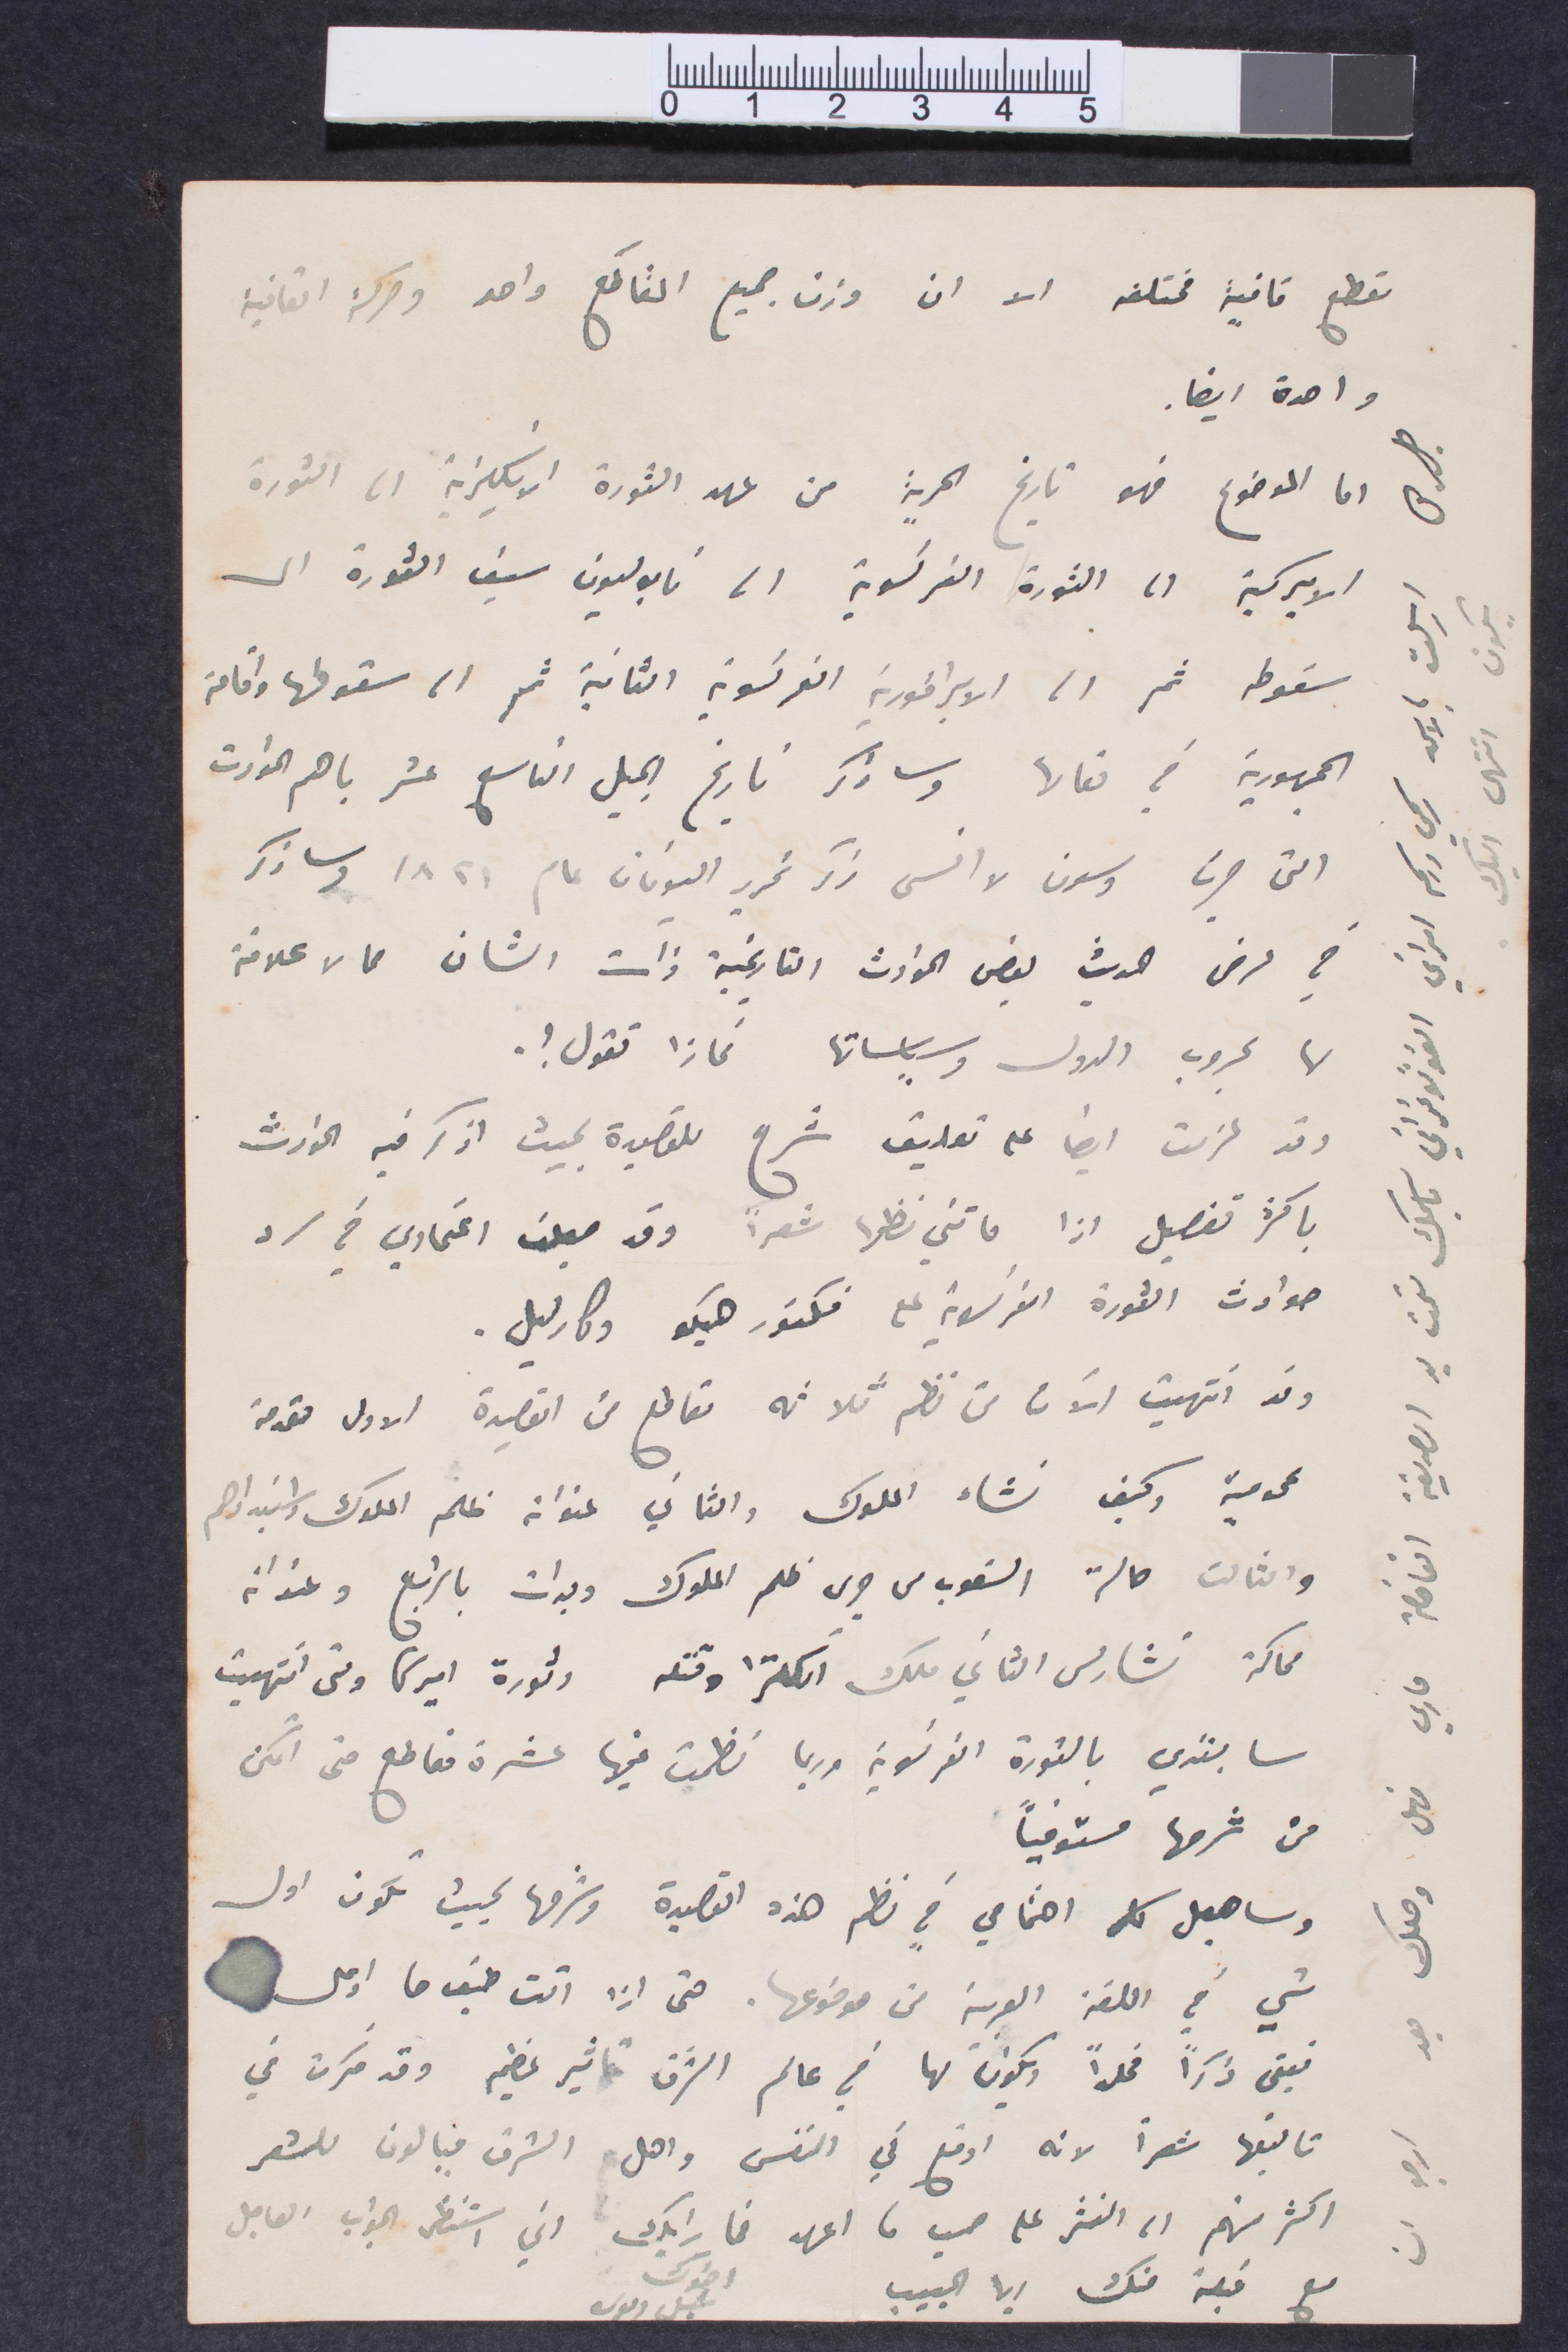
مقطع قافية الا ان وزن جميع المقاطع واحد ورحكة القافية
واحدة أيضًا.
اما الموضوع فهو تاريخ الحرية من عهد الثورة الإنكليزية الى الثورة
الأميركية الى الثورة الفرنسية الى نابوليون سيف الثورة الى
سقوطه ثم الى الإمبراطورية الفرنسوية الثانية، ثم الى سقوطها وإقامة
الجمهورية في  تعالها وساذكر تاريخ الجيل التاسع عشر باهم الحوداث
التي جرت وسوف لا انسى ذكر تحرير اليونان عام ١٨٢١ وساذكر
في عرض الحديث بعض الحوادث التاريخية ذات الشأن مما لا علاقة
لها بحروب الدول وسياساتها فماذا تقول؟
وقد عزمت ايضًأ على تعليق شرح للقصيدة بحيث اذكر فيه الحوادث
بأكثر تفصيل اذا فاتتني نظرًا شعرًا وقد جعلت اعتمادي في سرد
حوادث الثورة الفرنسوية على فيكتور هوغو ومارتيل.
وقد انتهيت الآن من نظر ثلاثة مقاطع من القصيدة الاولى مقدمة
عمويمة وكيف نشاء الملوك والثاني عنوانه ظلم الملوك واستبدادهم
والثالث حالة الشعوب من جرى ظلم الملوك وبدأت بالرابع وعنوانه
محاكمة تشارلس الثاني ملك إنكلترا وقتله وثورة اميركا ومتي انتهيت
سابتدي بالثورة الفرنسية وربما نظمت فيها عشرة مقاطع متى امكن
من شرحها مستوفيًا
وساجعل كل اهتمامي في نظر هذه القصيدة وشرحها بحيث يكون اول
شي في اللغة العربية من موضوعها. حتى اذا أتت طيف ما او على
فيبقى ذكرًا  مخلدا ويكون لها في عالم الشرق تأثير عظيم وقد قررت في
تأليفها شعرًا لانه أوقع في انفس واهل الشرق ميالون للشعر
اكثر منهم الى النثر على حسب ما اعهد فما رايك اني استنظر الحواب العاجل
مع قبلة منك أيها الحبيب